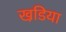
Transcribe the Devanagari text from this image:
खडि़या